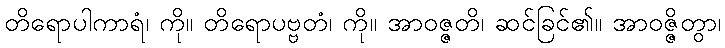
တိရောပါကာရံ၊ ကို။ တိရောပဗ္ဗတံ၊ ကို။ အာဝဇ္ဇတိ၊ ဆင်ခြင်၏။ အာဝဇ္ဇိတွာ၊